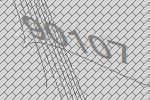
90107